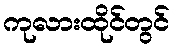
ကုလားထိုင်တွင်